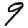
Digit: 9